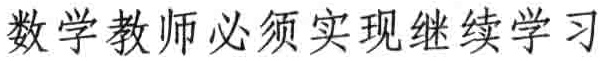
数学教师必须实现继续学习